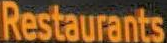
Restaurants